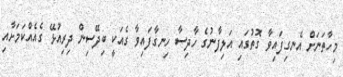
މިހާތަނަށް އެނގިފައިވާ ގޮތުގައި އަލިފާނުގެ ހާދިސާ ހިނގާފައިވާ ގެއަކީ ބިދޭސިން ދިރިއުޅޭ ގެއެއްކަމަށާއި